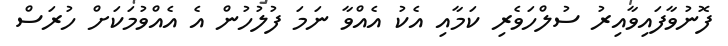
ފޮނުވާފައިވާއިރު ސުލްހަވެރި ކަމާއި އެކު އެއްވާ ނަމަ ފުލުހުން އެ އެއްވުމަކަށް ހުރަސް